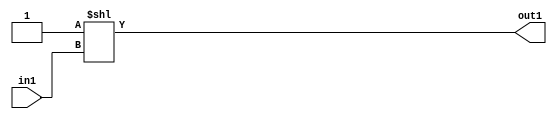
`timescale 1ps / 1ps
/*****************************************************************************
    Verilog RTL Description
    
    
    Created by: Stratus DpOpt 2019.1.04 
*******************************************************************************/

module fir_DECODE_16U_15_4 (
	in1,
	out1
	); /* architecture "behavioural" */ 
input [3:0] in1;
output [15:0] out1;
wire [15:0] asc001;

assign asc001 = 16'B0000000000000001 << in1;

assign out1 = asc001;
endmodule

/* CADENCE  urjwSgk= : u9/ySgnWtBlWxVbRXgAU4eg= ** DO NOT EDIT THIS LINE ******/